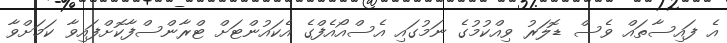
އެ ފައިސާތައް ވެސް ޑޮލަރު ވިއްކުމުގެ ނަމުގައި އެސްއޯއެފްގެ އެކައުންޓަށް ޓްރާންސްފާކޮށްފައިވާ ކަމަށްވާ